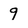
Character: 9